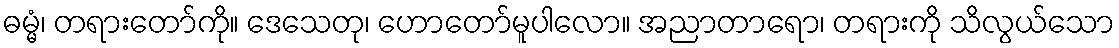
ဓမ္မံ၊ တရားတော်ကို။ ဒေသေတု၊ ဟောတော်မူပါလော။ အညာတာရော၊ တရားကို သိလွယ်သော